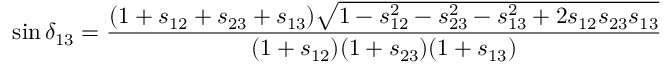
\sin \delta _ { 1 3 } = \frac { ( 1 + s _ { 1 2 } + s _ { 2 3 } + s _ { 1 3 } ) \sqrt { 1 - s _ { 1 2 } ^ { 2 } - s _ { 2 3 } ^ { 2 } - s _ { 1 3 } ^ { 2 } + 2 s _ { 1 2 } s _ { 2 3 } s _ { 1 3 } } } { ( 1 + s _ { 1 2 } ) ( 1 + s _ { 2 3 } ) ( 1 + s _ { 1 3 } ) }